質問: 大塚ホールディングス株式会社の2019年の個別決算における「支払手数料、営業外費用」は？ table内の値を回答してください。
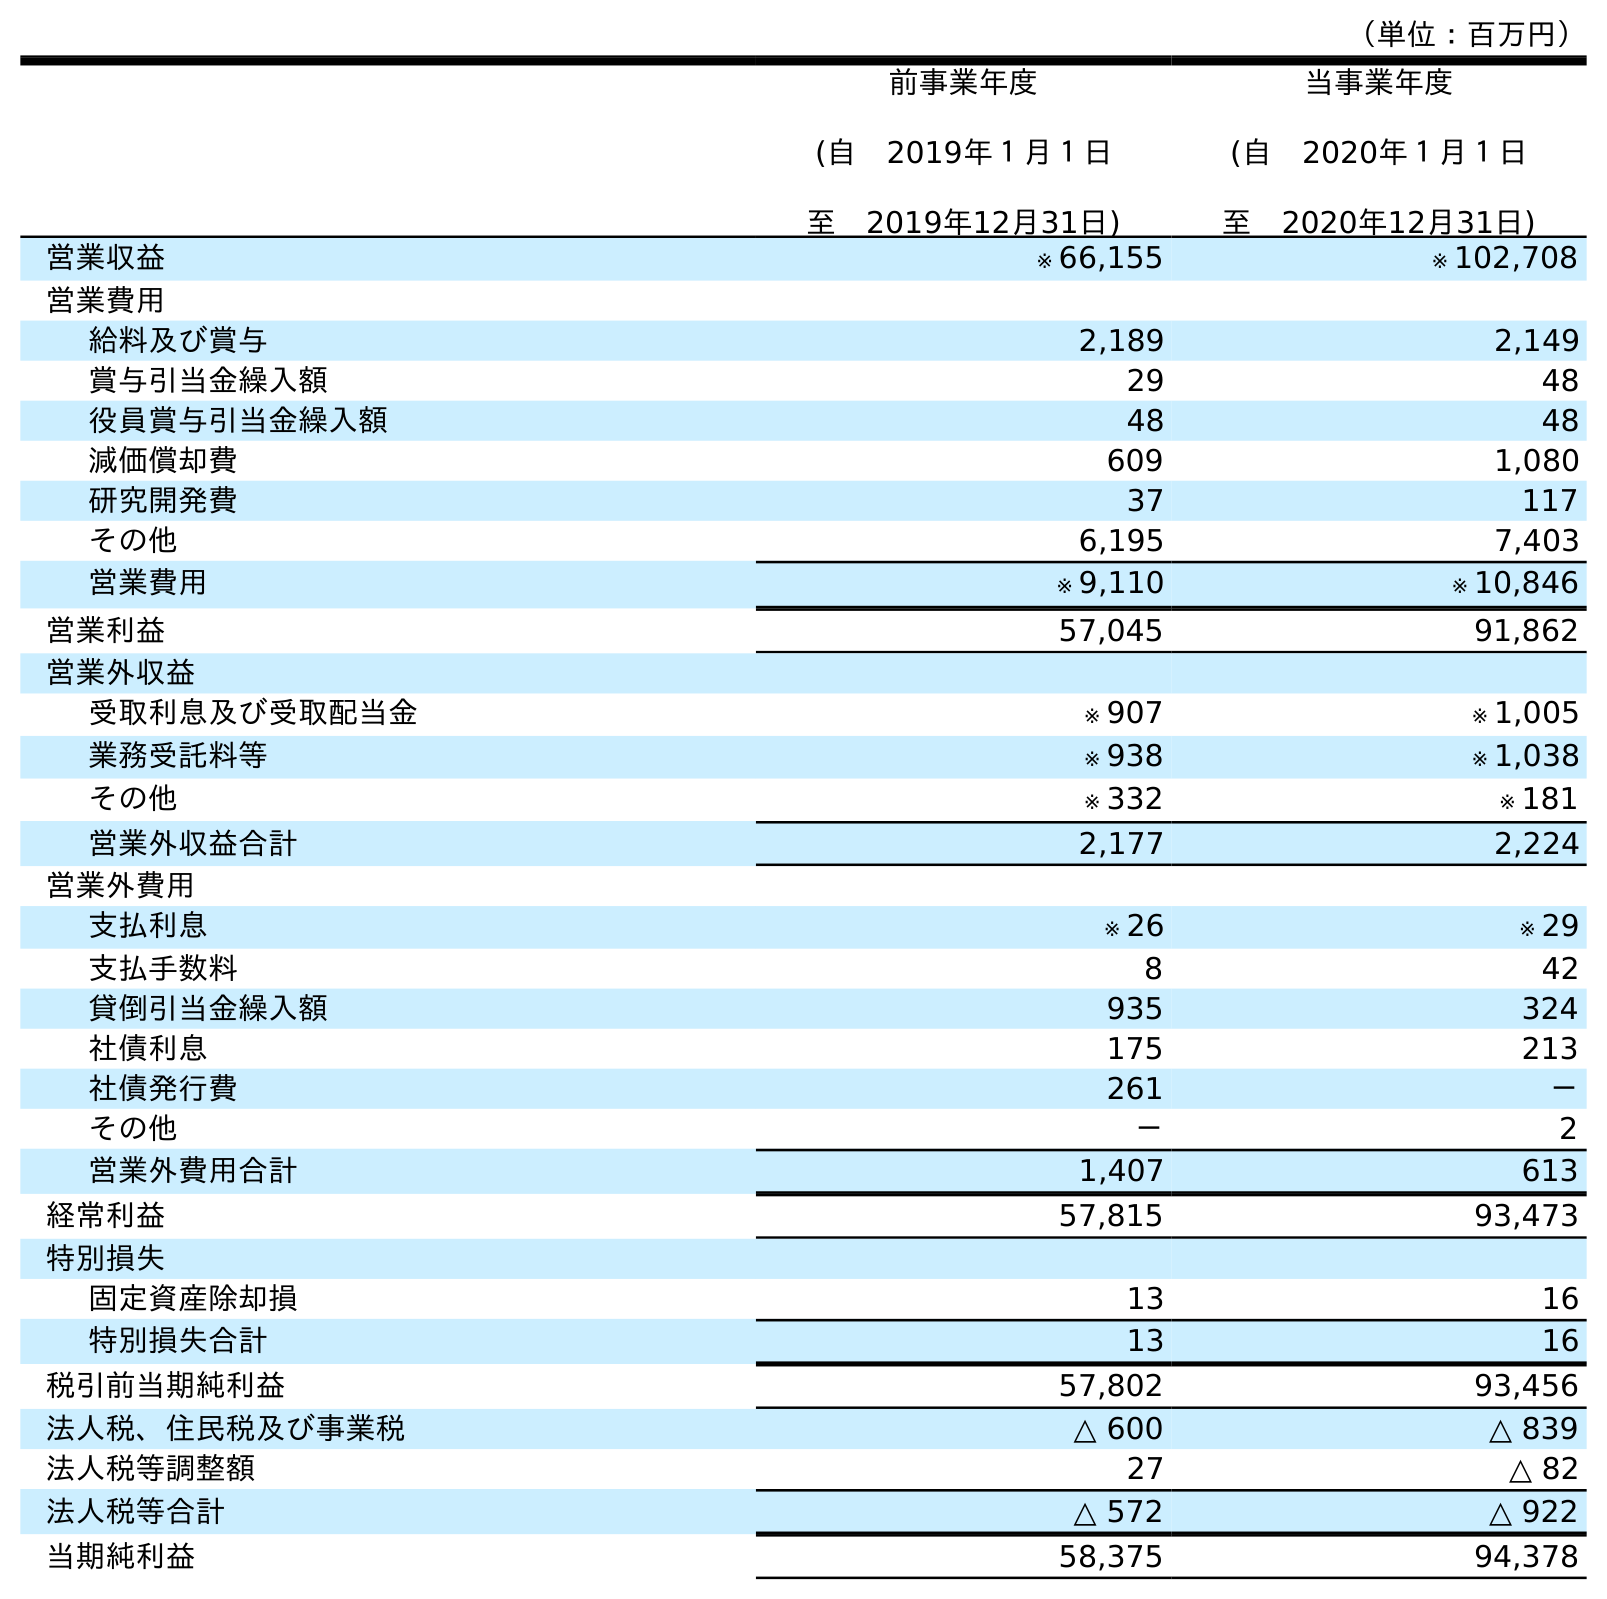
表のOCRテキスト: （単位：百万円） 前事業年度 (自 2019年１月１日 至 2019年12月31日) 当事業年度 (自 2020年１月１日 至 2020年12月31日) 営業収益 ※ 66,155 ※ 102,708 営業費用 給料及び賞与 2,189 2,149 賞与引当金繰入額 29 48 役員賞与引当金繰入額 48 48 減価償却費 609 1,080 研究開発費 37 117 その他 6,195 7,403 営業費用 ※ 9,110 ※ 10,846 営業利益 57,045 91,862 営業外収益 受取利息及び受取配当金 ※ 907 ※ 1,005 業務受託料等 ※ 938 ※ 1,038 その他 ※ 332 ※ 181 営業外収益合計 2,177 2,224 営業外費用 支払利息 ※ 26 ※ 29 支払手数料 8 42 貸倒引当金繰入額 935 324 社債利息 175 213 社債発行費 261 － その他 － 2 営業外費用合計 1,407 613 経常利益 57,815 93,473 特別損失 固定資産除却損 13 16 特別損失合計 13 16 税引前当期純利益 57,802 93,456 法人税、住民税及び事業税 △ 600 △ 839 法人税等調整額 27 △ 82 法人税等合計 △ 572 △ 922 当期純利益 58,375 94,378
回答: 8